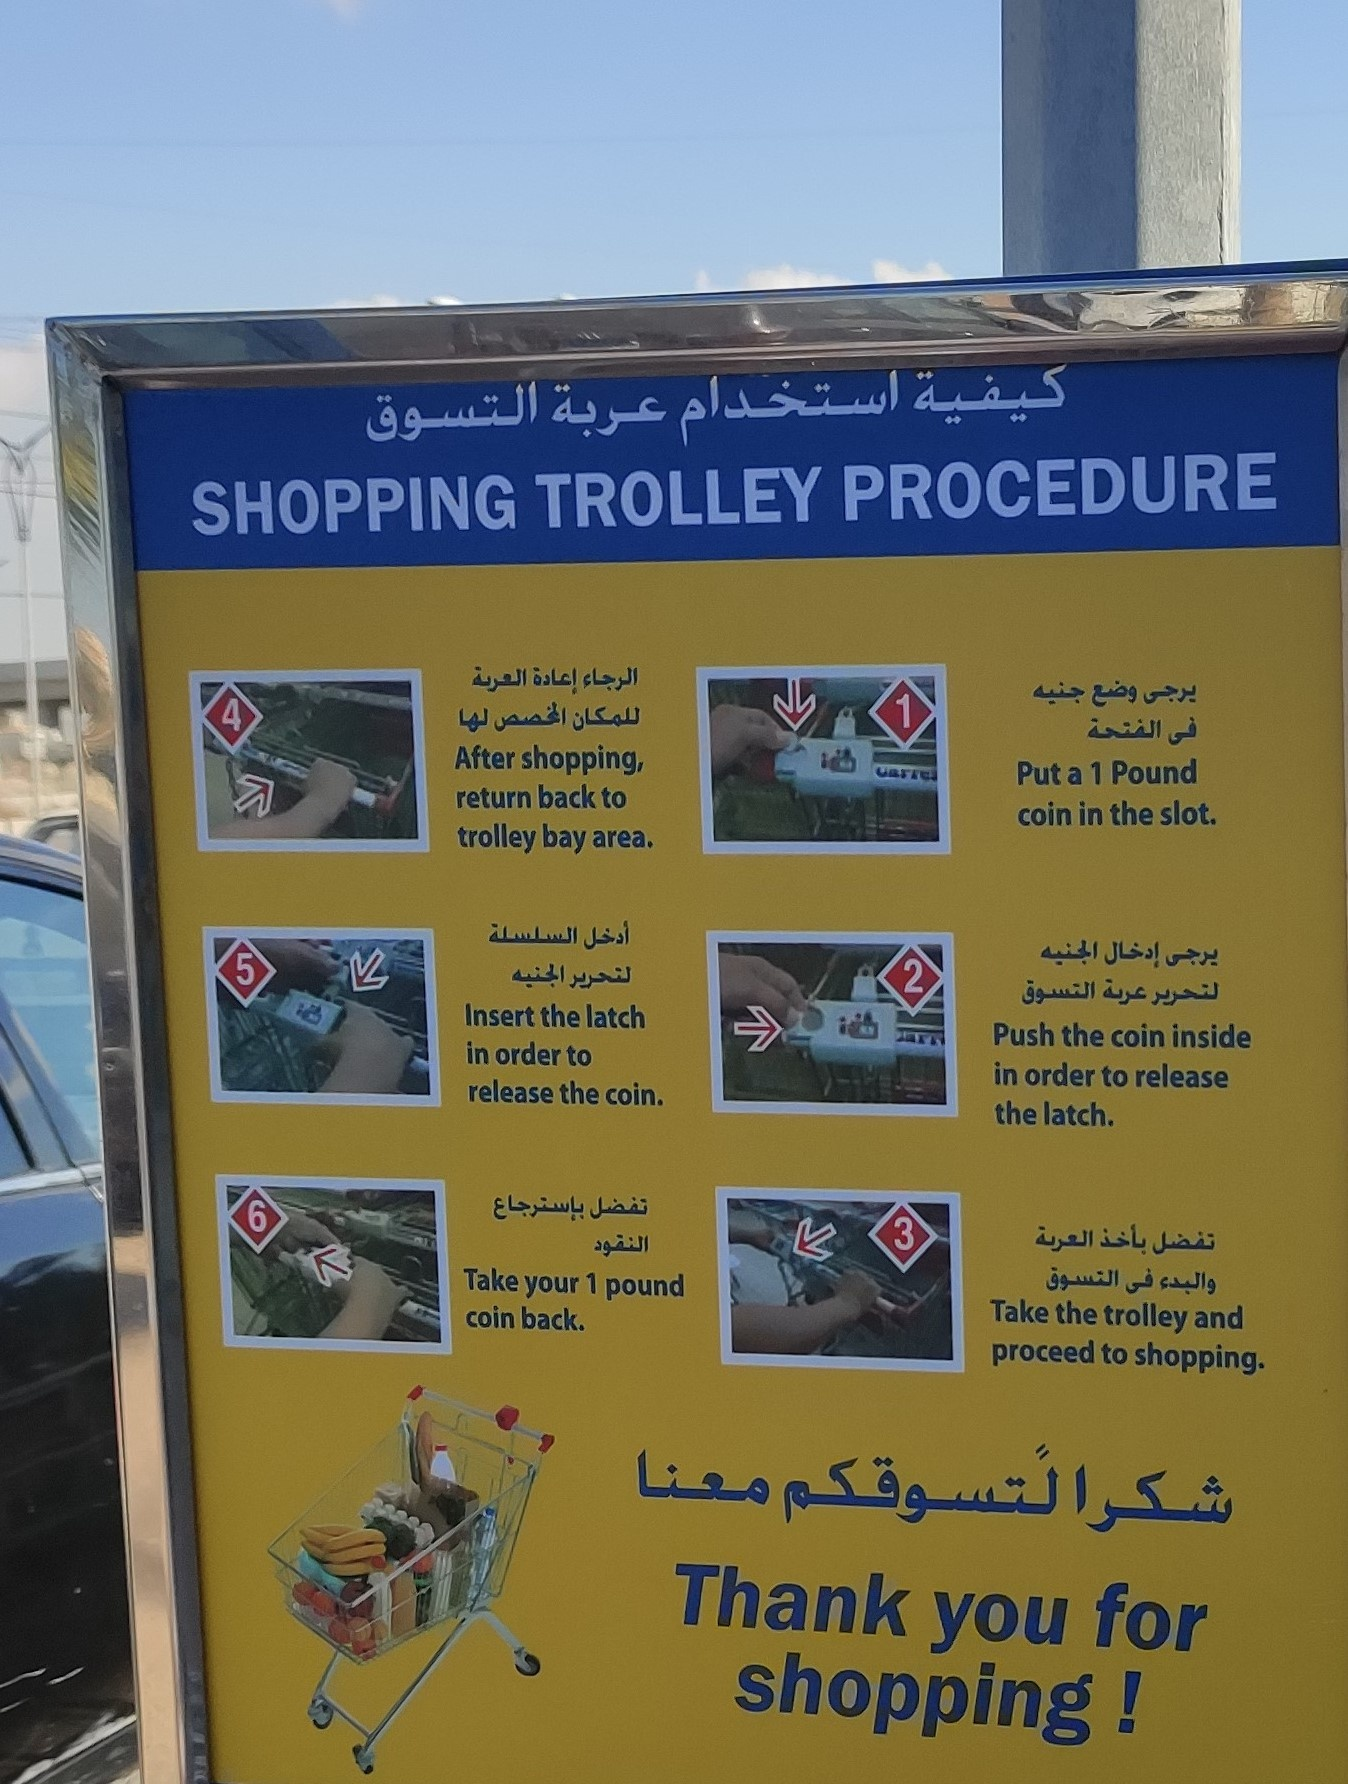
Text in image: كيفية استخدام عربة التسوق إعادة الرجاء العربة يرجى جنيه وضع للمكان المخصص لها الفتحة فى السلسلة أدخل الجنيه إدخال يرجى الجنيه لتحرير التسوق عربة لتحرير بإسترجاع تفضل بأخذ العربة تفضل النقود التسوق فى والبدء معنا لتسوقكم شكرا PROCEDURE TROLLEY SHOPPING 1 4 After shopping Put 1 pound a to return back coin in the slot. trolley bay area. 5 2 latch the Insert Push the coin inside in order to in order release to the release coin. the latch 6 3 Take 1 your pound Take the and coin trolley back to proceed shopping Thank you for shopping!